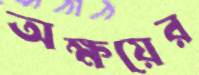
অক্ষয়ের